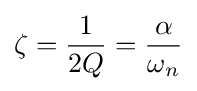
\zeta ={\frac {1}{2Q}}={\alpha  \over \omega _{n}}